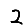
Digit: 2